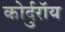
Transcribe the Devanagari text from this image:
कोर्दुरॉय